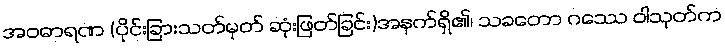
အဝဓာရဏ (ပိုင်းခြားသတ်မှတ် ဆုံးဖြတ်ခြင်း)အနက်ရှိ၏၊ သခတော ဂဿေ ဝါသုတ်က